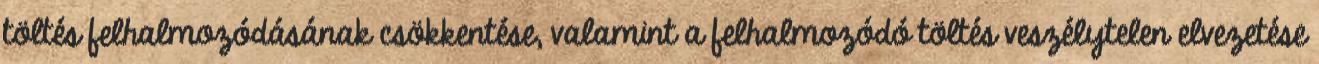
töltés felhalmozódásának csökkentése, valamint a felhalmozódó töltés veszélytelen elvezetése